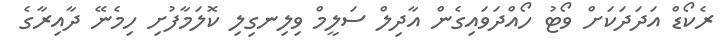
ރެކޯޑް އަދަދަކަށް ވޯޓު ހޯއްދަވައިގެން އާދިލް ސަލީމް ވިލިނގިލި ކޮލަމާފުށި ހިމެނޭ ދާއިރާގެ